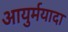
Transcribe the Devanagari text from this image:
आयुर्मयादा